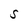
Character: S